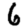
Digit: 6